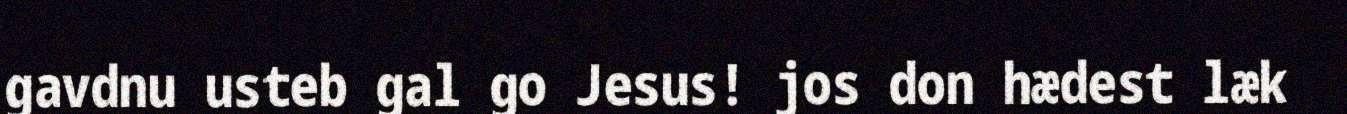
gavdnu usteb gal go Jesus! jos don hædest læk